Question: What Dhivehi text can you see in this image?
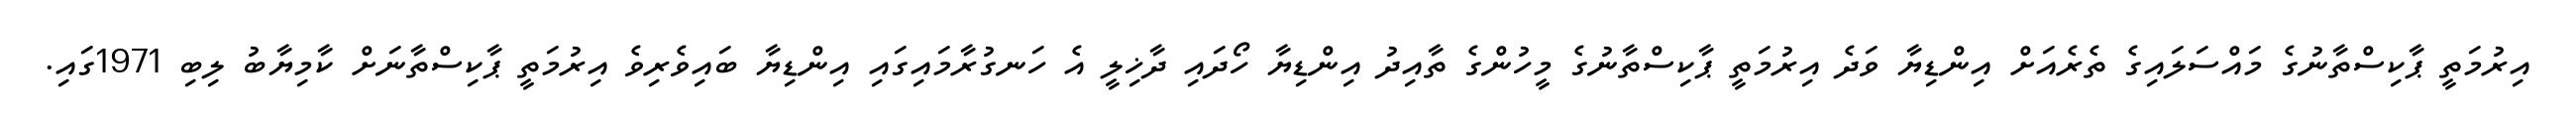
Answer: އިރުމަތީ ޕާކިސްތާނުގެ މައްސަލައިގެ ތެރެއަށް އިންޑިޔާ ވަދެ އިރުމަތީ ޕާކިސްތާނުގެ މީހުންގެ ތާއިދު އިންޑިޔާ ހޯދައި ދާޚިލީ އެ ހަނގުރާމައިގައި އިންޑިޔާ ބައިވެރިވެ އިރުމަތީ ޕާކިސްތާނަށް ކާމިޔާބު ލިބި 1971ގައި.